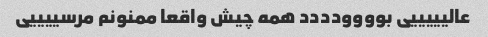
عالیییییی بوووودددد همه چیش واقعا ممنونم مرسییییی